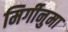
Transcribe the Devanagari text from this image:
मिर्गीनुमा